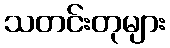
သတင်းတုများ